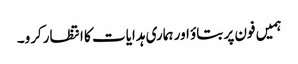
ہمیں فون پر بتاؤ اور ہماری ہدایات کا انتظارکرو۔